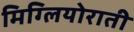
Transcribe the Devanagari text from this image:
मिग्लियोराती